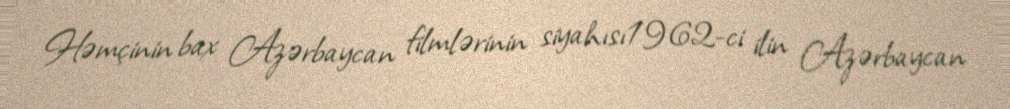
Həmçinin bax Azərbaycan filmlərinin siyahısı1962-ci ilin Azərbaycan